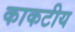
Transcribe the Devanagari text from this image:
काकटीय